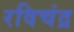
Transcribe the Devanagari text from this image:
रविचंद्र